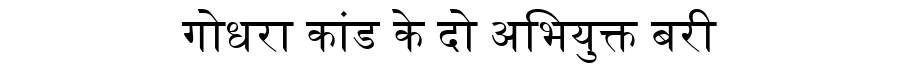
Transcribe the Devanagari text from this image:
गोधरा कांड के दो अभियुक्त बरी